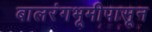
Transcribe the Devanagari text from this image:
बालरंगभूमीपासून